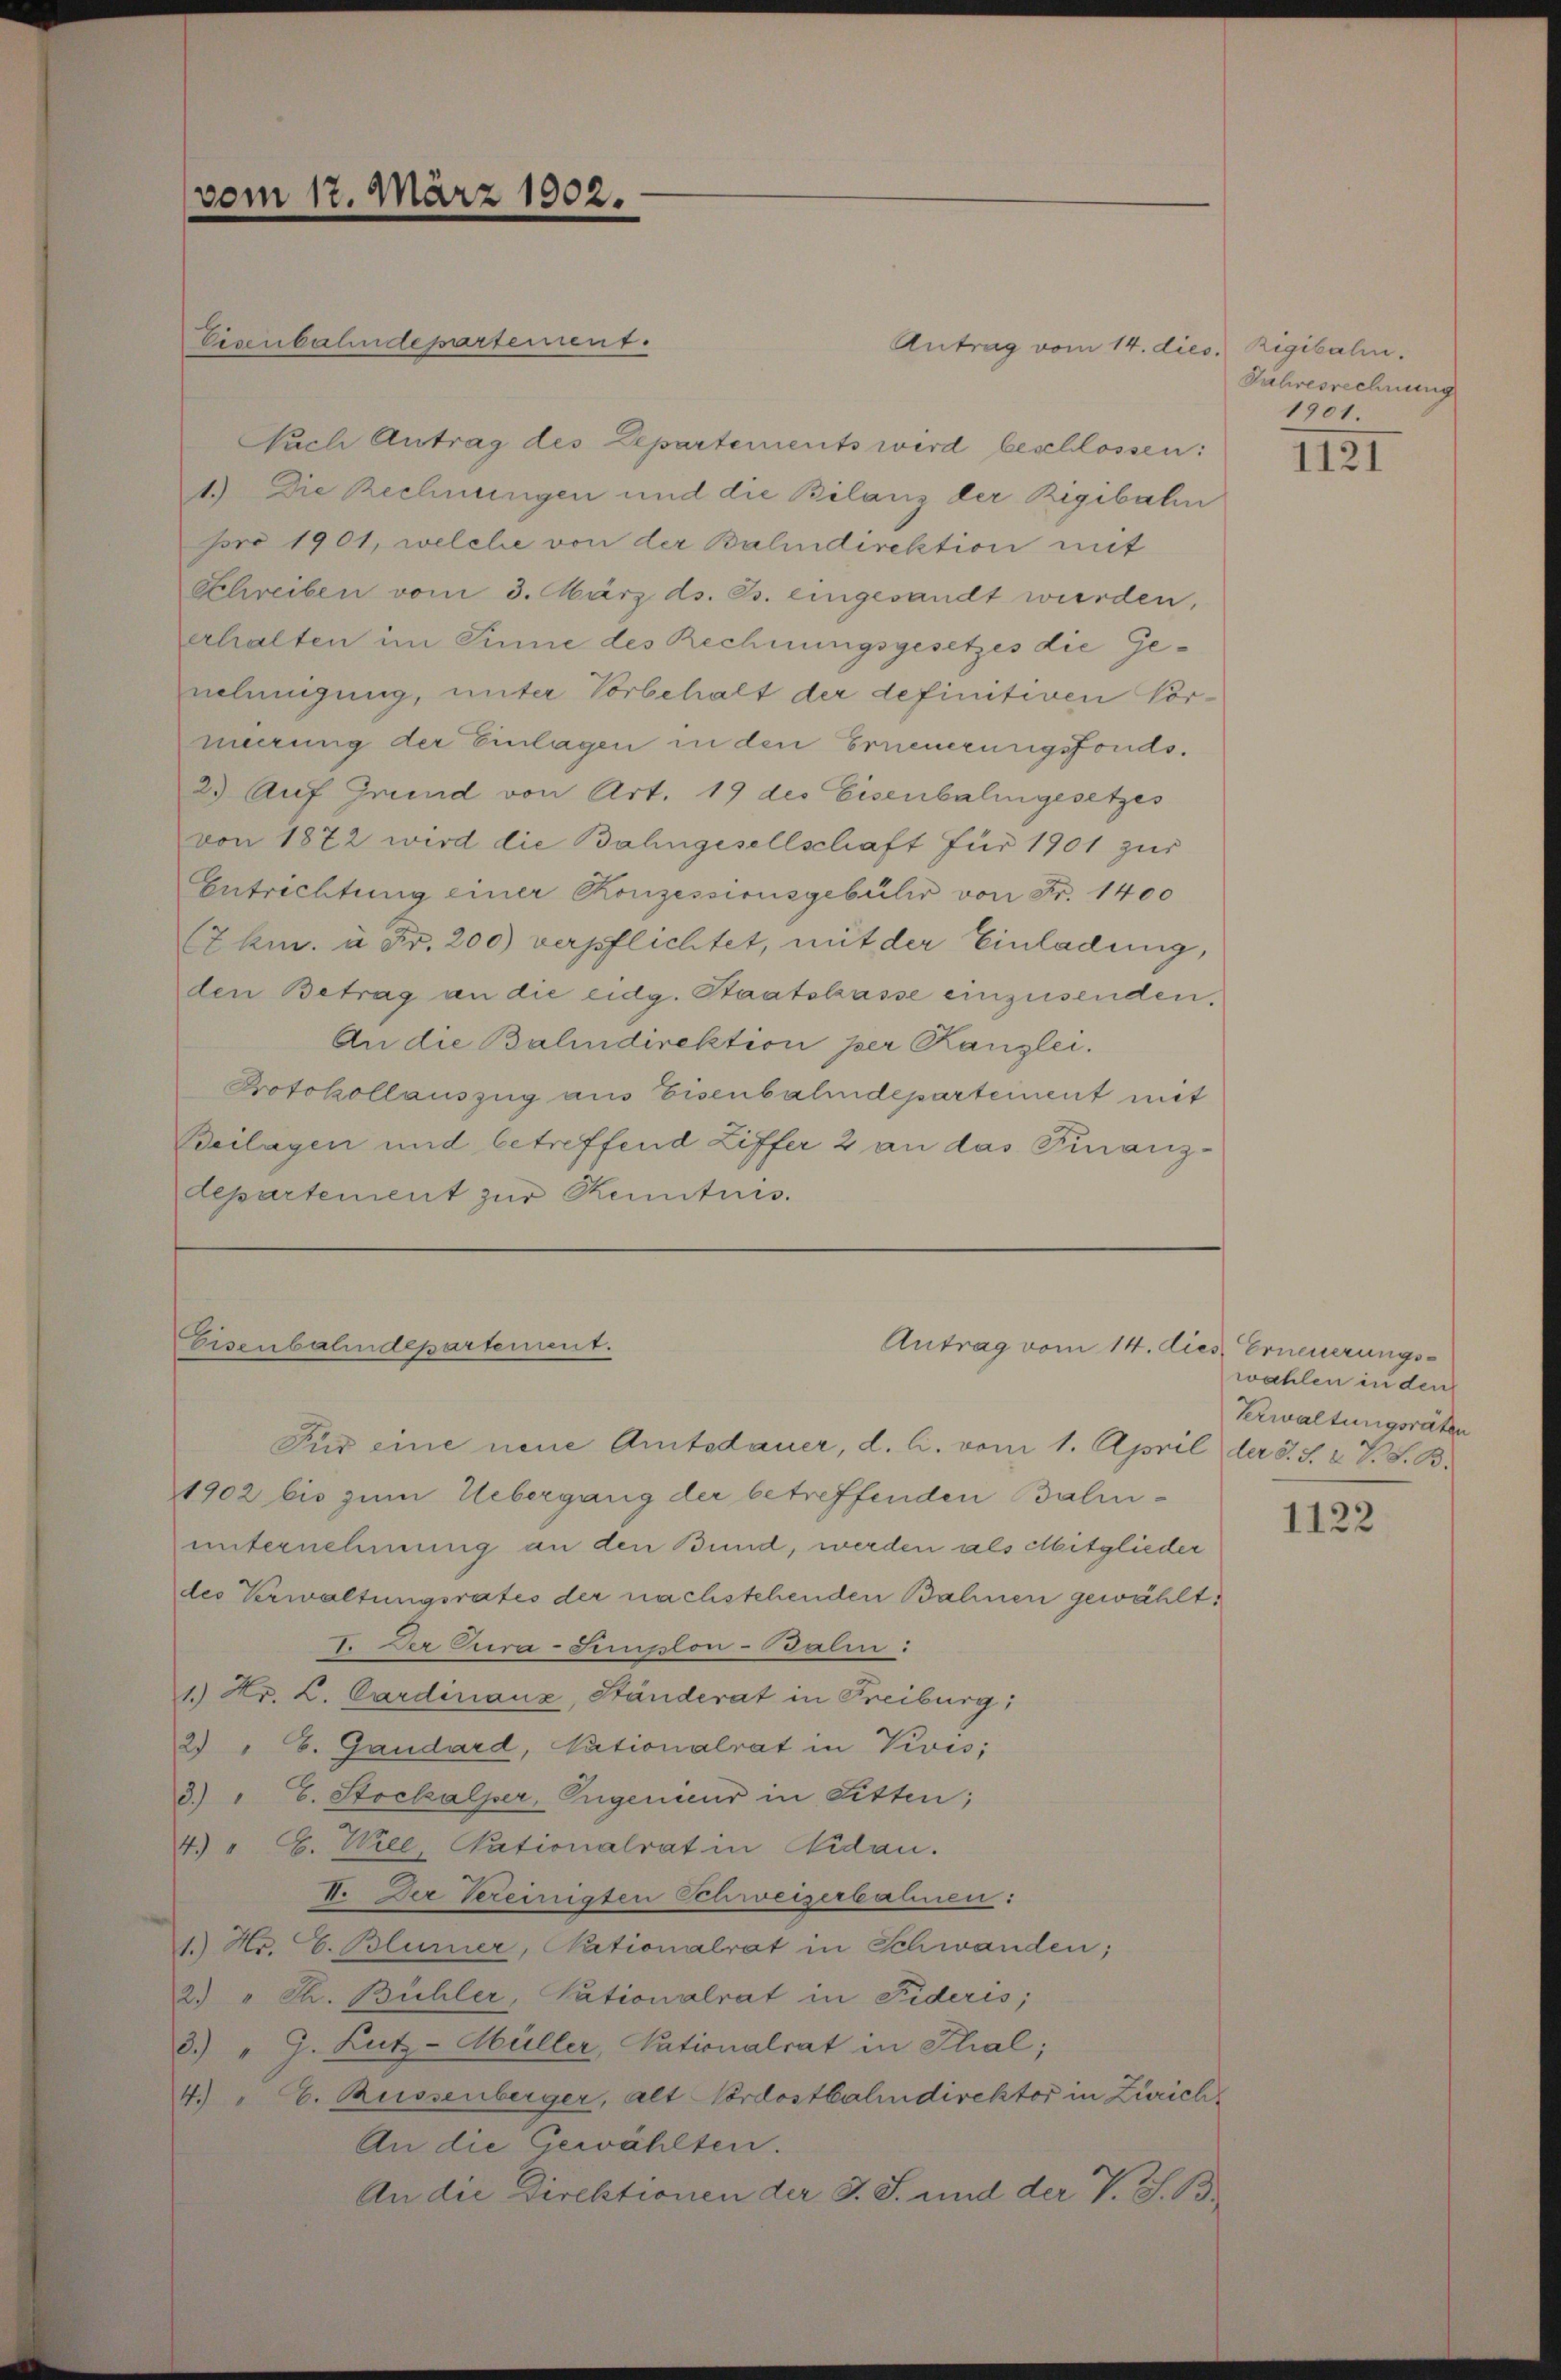
Eisenbahndepartement.
Antrag vom 14. dies. Rigibahn.
Auch Antrag des Departements wird beschlossen:
1.) Die Rechnungen und die Bilanz der Rigibahn
pro 1901, welche von der Bahndirektion mit
Schreiben vom 3. März ds. Js. eingesandt wurden,
erhalten im Sinne des Rechnungsgesetzes die Genehmigung, unter Vorbehalt der definitiven Vor-
neerung der Einlagen in den Erneuerungsfonds¬
2.) Auf Grund von Art. 19 des Eisenbalingesetzes
von 1872 wird die Bahngesellschaft für 1901 zur
Entrichtung einer Konzessionsgebühr von Fr. 1400
(7ku. à Fr. 200 verpflichtet, mit der Einladung,
den Betrag an die eidg. Staatskasse einzusenden,
An die Balindirektion per Kanzlei.
Protokollauszug aus Eisenbahndepartement mit
Beilagen und betreffend Ziffer 2 an das Finanzdepartement zur Kenntnis.

vom 17. März 1902.

Eisenbahndepartement.

Antrag vom 14. dies Erneuerungs¬

Für eine neue Amtsdauer, d. l. vom 1. April der 3. S. 2 V. S. B.
1902 bis zum Uebergang der betreffenden Bahn-
unternehmung an den Bund, werden als Mitglieder
des Verwaltungsrates der nachstehenden Bahnen gewählt:
7. Der Cura-Semplon-Balin:
1.) Hr. L. Cardinanz, Ständerat in Freiburg;
2 " B. Gaudard, Nationalrat in Vivis;
3.) " E. Stockalper, Ingenieur in Litten;
4) " G. Wiee, Nationalrat in Nidau.
V. Der Vereinigten Schweizerbahnen:
1.) Hr. C. Blurner, Nationalrat in Schwanden;
2) " Th. Bühler, Sationalrat in Fideris;
8.) " G. Lutz-Müller, Nationalrat in Thal;
4.) " G. Russenberger, Alt-Cordostbahndirektor in Zürich
An die Gewählten.
An die Direktionen der J. J. und der V. S. B

Jahresrechnung
1901.

1121

wählen in den
Verwaltungsräten

1122